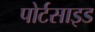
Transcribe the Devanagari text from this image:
पोर्टसाइड